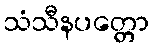
သံသီနပတ္တော